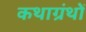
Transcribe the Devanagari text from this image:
कथाग्रंथों